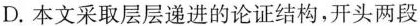
D.本文采取层层递进的论证结构,开头两段